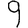
Digit: 9